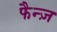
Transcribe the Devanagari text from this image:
फैन्ज़